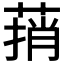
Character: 𰱬